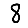
Digit: 8